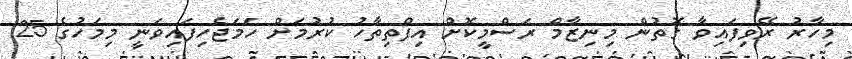
މިހާރު ރޭވިފައިވާ ގޮތުން މިނިޒާމް ރަސްމީކޮށް އިފްތިތާހު ކުރުމަށް ހަމަޖެހިފައިވަނީ މިމަހުގެ 25